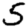
Digit: 5